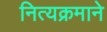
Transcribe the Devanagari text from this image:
नित्यक्रमाने